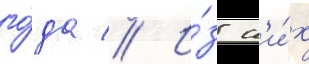
го́да // И́з н'и́х